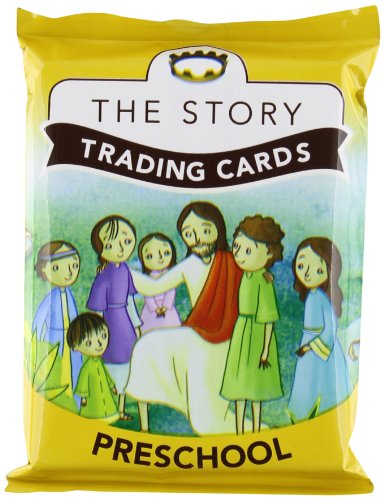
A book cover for The Story Trading Cards: For Preschool: Pre-K through Grade 2; Zondervan; Christian Books & Bibles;